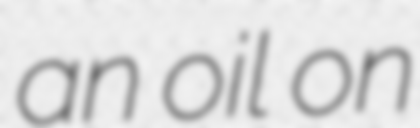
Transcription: an oil on